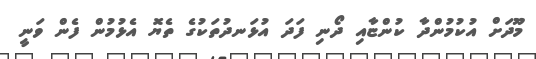
މޫދަށް އުކުމުންދާ ކުންޏާއި ދޯނި ފަދަ އުޅަނދުތަކުގެ ތެޔޮ އެޅުމުން ފެން ވަނީ